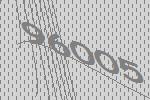
96005